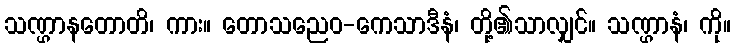
သဏ္ဌာနတောတိ၊ ကား။ တောသညေဝ-ကေသာဒီနံ၊ တို့၏သာလျှင်။ သဏ္ဌာနံ၊ ကို။